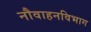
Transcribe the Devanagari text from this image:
नौवाहनविभाग